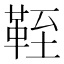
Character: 𩊞